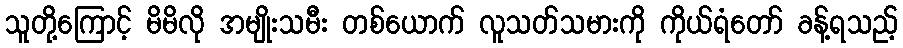
သူတို့ကြောင့် မိမိလို အမျိုးသမီး တစ်ယောက် လူသတ်သမားကို ကိုယ်ရံတော် ခန့်ရသည့်